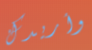
وأريدك